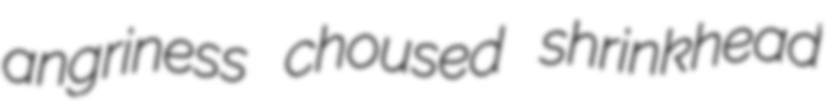
angriness choused shrinkhead